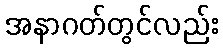
အနာဂတ်တွင်လည်း